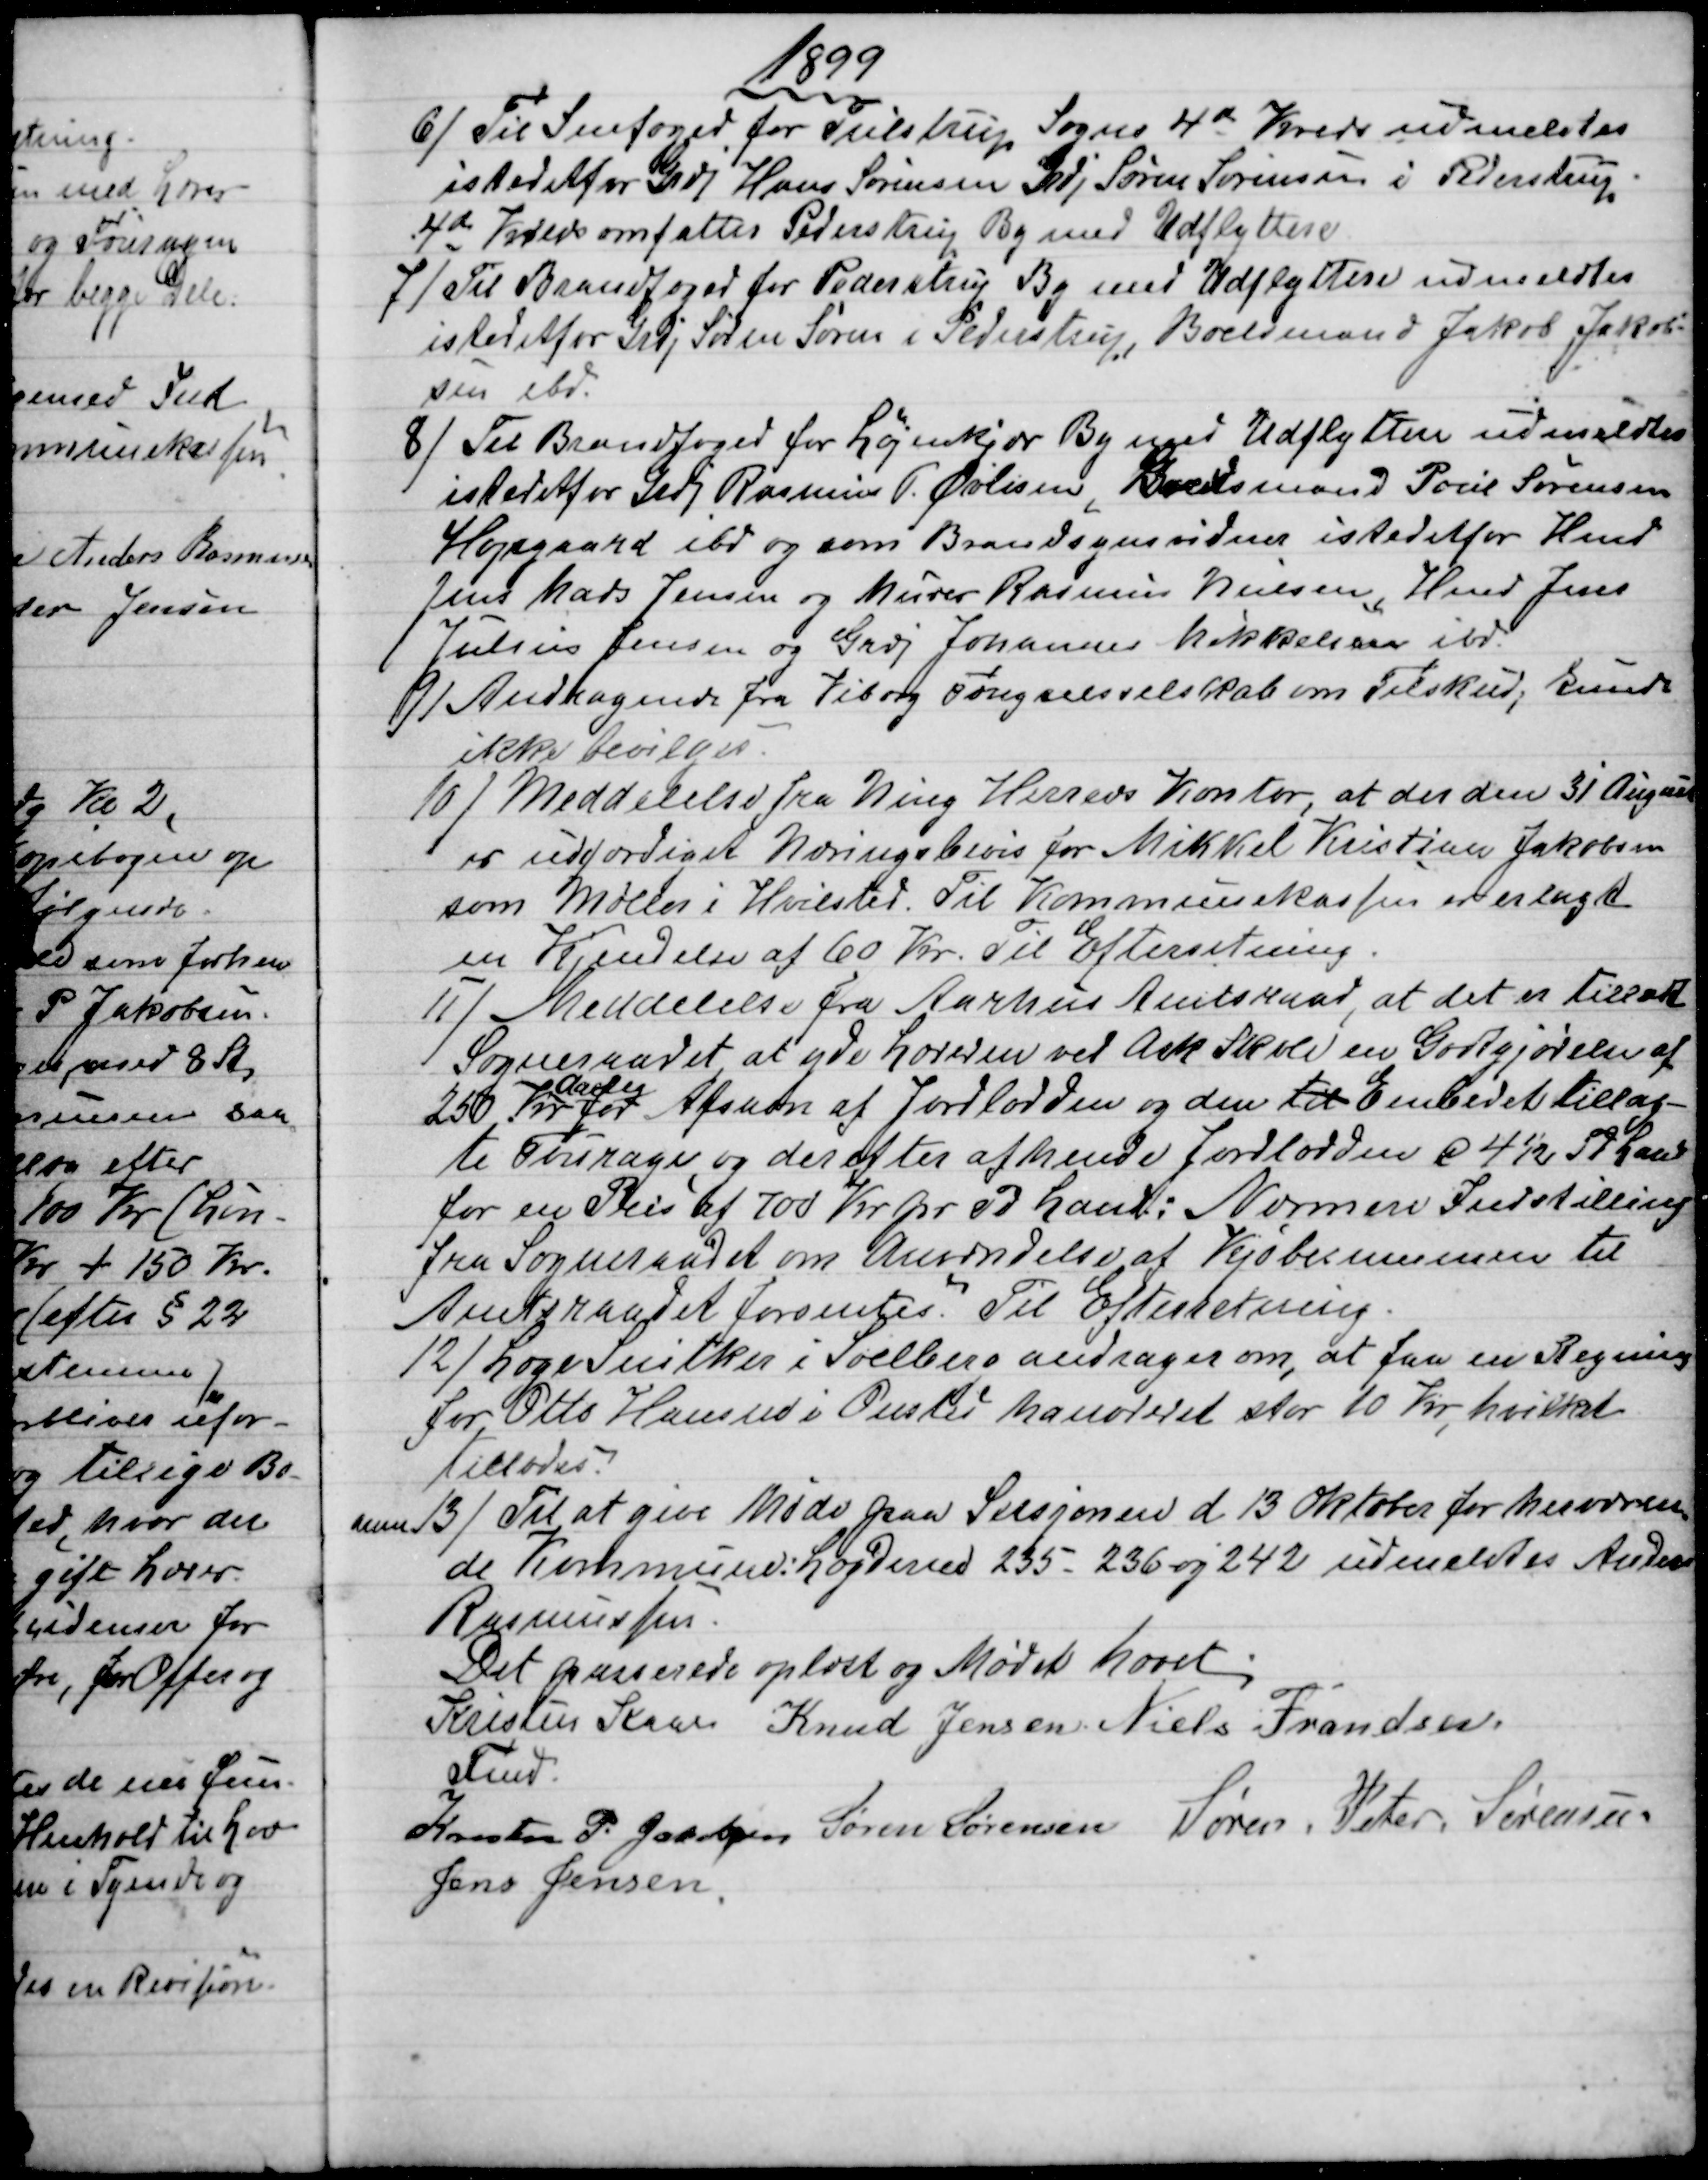
Transskription:
1899
6) 
Til Snefoged for Tulstrup Sogns 4de Kreds udmeldtes
istedetfor Grdj Hans Sørensen Grdj Søren Sørensen i Pederstrup
4de Kreds omfatter Pederstrup By med Udflyttere.
7) 
Til Brandfoged for Pederstrup By med Udflyttere udmeldtes
istedetfor Grdj Søren Sørensen i Pederstrup, Boelsmand Jakob Jakob=
sen ibd.
8)
Til Brandfoged for Løjenkjær By med Udflyttere udmeldtes
istedetfor Grdj Rasmus P. Øvlisen, Boelsmand Poul Sørensen
Højsgaard ibd og som Brandsynsvidner istedetfor Hmd
Jens Mads Jensen og Murer Rasmus Nielsen, Hmd Jens
Julius Jensen og Grdj Johannes Mikkelsen ibd.
9)
Andragende fra Viborg Fængselsselskab om Tilskud; kunde
ikke bevilges.
10) 
Meddelelse fra Ning Herreds Kontor, at der den 31 August
er udfærdiget Næringsbevis for Mikkel Kristian Jakobsen
som Møller i Hvilsted. Til Kommunekassen er erlagt
en Kjendelse af 60 Kr. Til Efterretning.
11)
Meddelelse fra Aarhus Amtsraad, at det er tilladt
Sogneraadet at yde Læreren ved Ask Skole en Godtgjørelse af
250 Kr
Aarlig
for Afsavn af Jordlodden og den til Embedet tillag-
te Fourage, og derefter afhende Jordlodden a 4½ Td Land
for en Preis af 700 Kr. pr Td Land; Nærmere Indstilling
fra Sogneraadet om Anvendelse af Kjøbesummen til
Amtsraadet forventes. Til Efterretning.
12)  Læge Snitker i Soelberg andrager om, at faa en Regning
for Otto Hansen i Onsted honoreret stor 10 Kr, hvilket
tillodes.
num 13)
Til at give Møde paa Sessjonen d. 13 Oktober for herværen
=
de Kommune: Lægderne 235 - 236 og 242 udmeldtes Anders
Rasmussen.
Det passerede oplæst og Mødet hævet.
Kristen Kaae
Fmd.
Knud Jensen  Niels Frandsen.
Kresten P. Jacobsen  Søren Sørensen  Søren. Peter. Sørensen
Jens Jensen